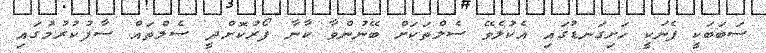
ސަބަބަކީ ފެނަކީ ހަށިގަނޑުގައި އެކުލެވޭ ސެލްތަކަށް ބޭނުންވާ ކާނާ ފޯރުކޮށްދީ ސެލްތައް ސާފުކުރުމުގައި